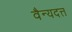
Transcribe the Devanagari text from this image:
वैन्यदत्त